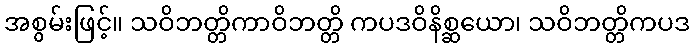
အစွမ်းဖြင့်။ သဝိဘတ္တိကာဝိဘတ္တိ ကပဒဝိနိစ္ဆယော၊ သဝိဘတ္တိကပဒ